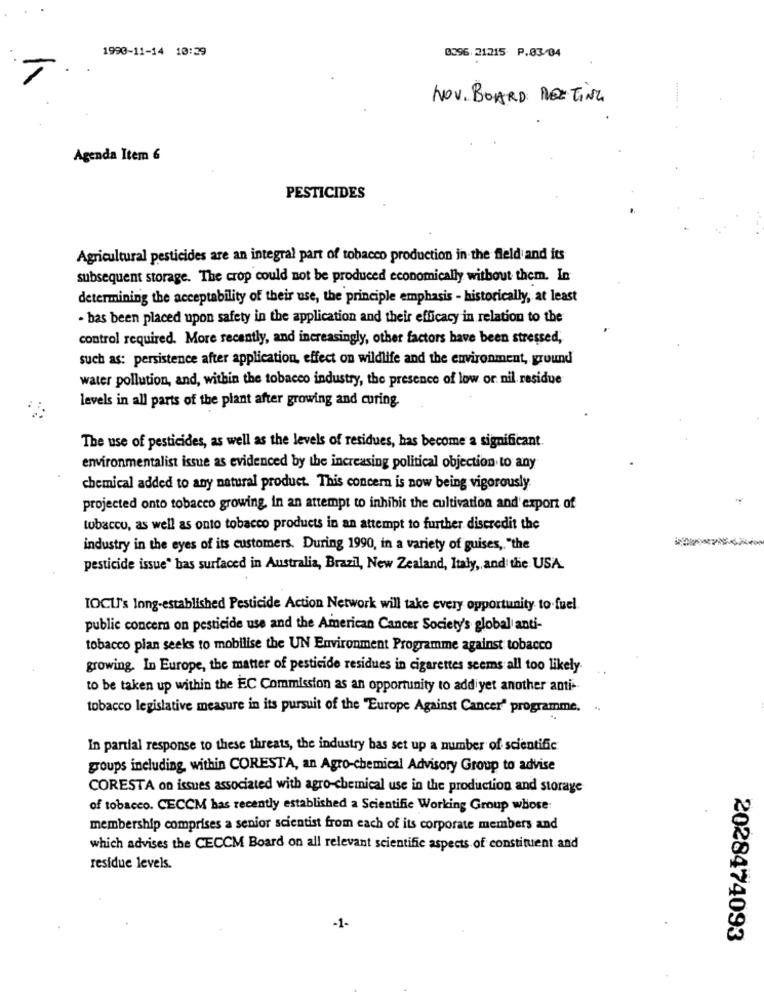
1993-11-14 10:29
0396. 21215 P.03/04
NOV. BOARD MEETING
Agenda Item 6
PESTICIDES
Agricultural pesticides are an integral part of tobacco production in the field and its
subsequent storage. The crop could not be produced economically without them. In
determining the acceptability of their use, the principle emphasis - historically, at least
- bas been placed upon safety in the application and their efficacy in relation to the
control required. More recently, and increasingly, other factors have been stressed,
such as: persistence after application, effect on wildlife and the environment, ground
water pollution, and, within the tobacco industry, the presence of low or nil residue
levels in all parts of the plant after growing and curing.
The use of pesticides, as well as the levels of residues, has become a significant.
environmentalist issue as evidenced by the increasing political objection to any
chemical added to any natural product. This concern is now being vigorously.
projected onto tobacco growing, in an attempt to inhibit the cultivation and' export of
tobacco, as well as onto tobacco products in an attempt to further discredit the
industry in the eyes of its customers. During 1990, in a variety of guises ,, "the
pesticide issue" bas surfaced in Australia, Brazil, New Zealand, Italy, and the USA.
IOCU's Inng-established Pesticide Action Network will take every opportunity to-fuel
public concern on pesticide use and the American Cancer Society's global anti-
tobacco plan seeks to mobilise the UN Environment Programme against tobacco
growing. In Europe, the matter of pesticide residues in cigarettes seems all too likely
to be taken up within the EC Commission as an opportunity to addiyet another anti-
tobacco legislative measure in its pursuit of the "Europe Against Cancer" programme.
In partial response to these threats, the industry bas set up a number of scientific
groups including within CORESTA, an Agro-chemical Advisory Group to advise
CORESTA on issues associated with agro-chemical use in the production and storage
of tobacco. CECCM has recently established a Scientific Working Group whose
membership comprises a senior scientist from each of its corporate members and
which advises the CECCM Board on all relevant scientific aspects of constituent and
residue levels.
-1-
2028474093